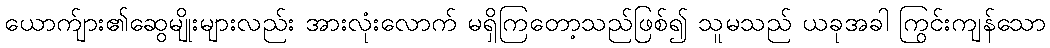
ယောက်ျား၏ဆွေမျိုးများလည်း အားလုံးလောက် မရှိကြတော့သည်ဖြစ်၍ သူမသည် ယခုအခါ ကြွင်းကျန်သော